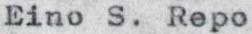
Eino S. Repo